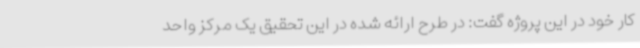
کار خود در این پروژه گفت: در طرح ارائه شده در این تحقیق یک مرکز واحد